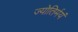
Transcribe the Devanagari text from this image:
ज्योतिर्मयं